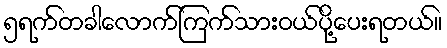
၅ရက်တခါလောက်ကြက်သားဝယ်ပို့ပေးရတယ်။